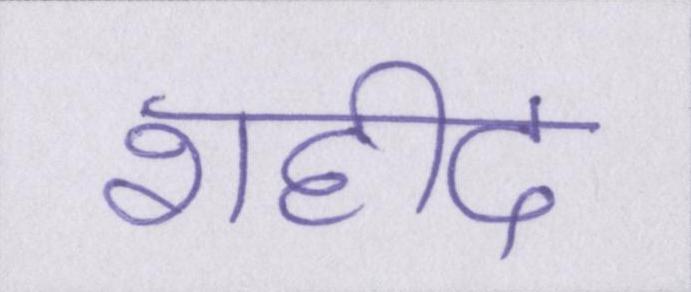
शहीद